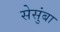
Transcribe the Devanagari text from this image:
सेसुंबा